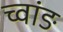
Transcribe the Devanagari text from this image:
च्वांङ